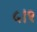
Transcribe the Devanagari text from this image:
५।१